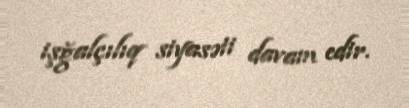
işğalçılıq siyasəti davam edir.